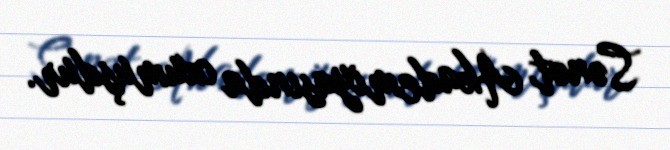
Sənət Akademiyasında oxumuşdur.